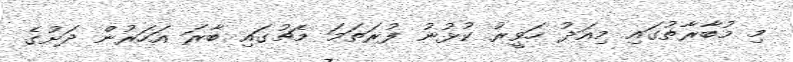
މި މުބާރާތުގައި މިއަދު ހަވީރު ކުޅުނު ފުރަތަމަ މެޗުގައި ބާރަ އަހަރުން ދަށުގެ